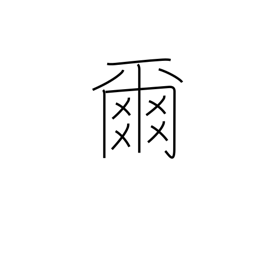
Meaning: thou